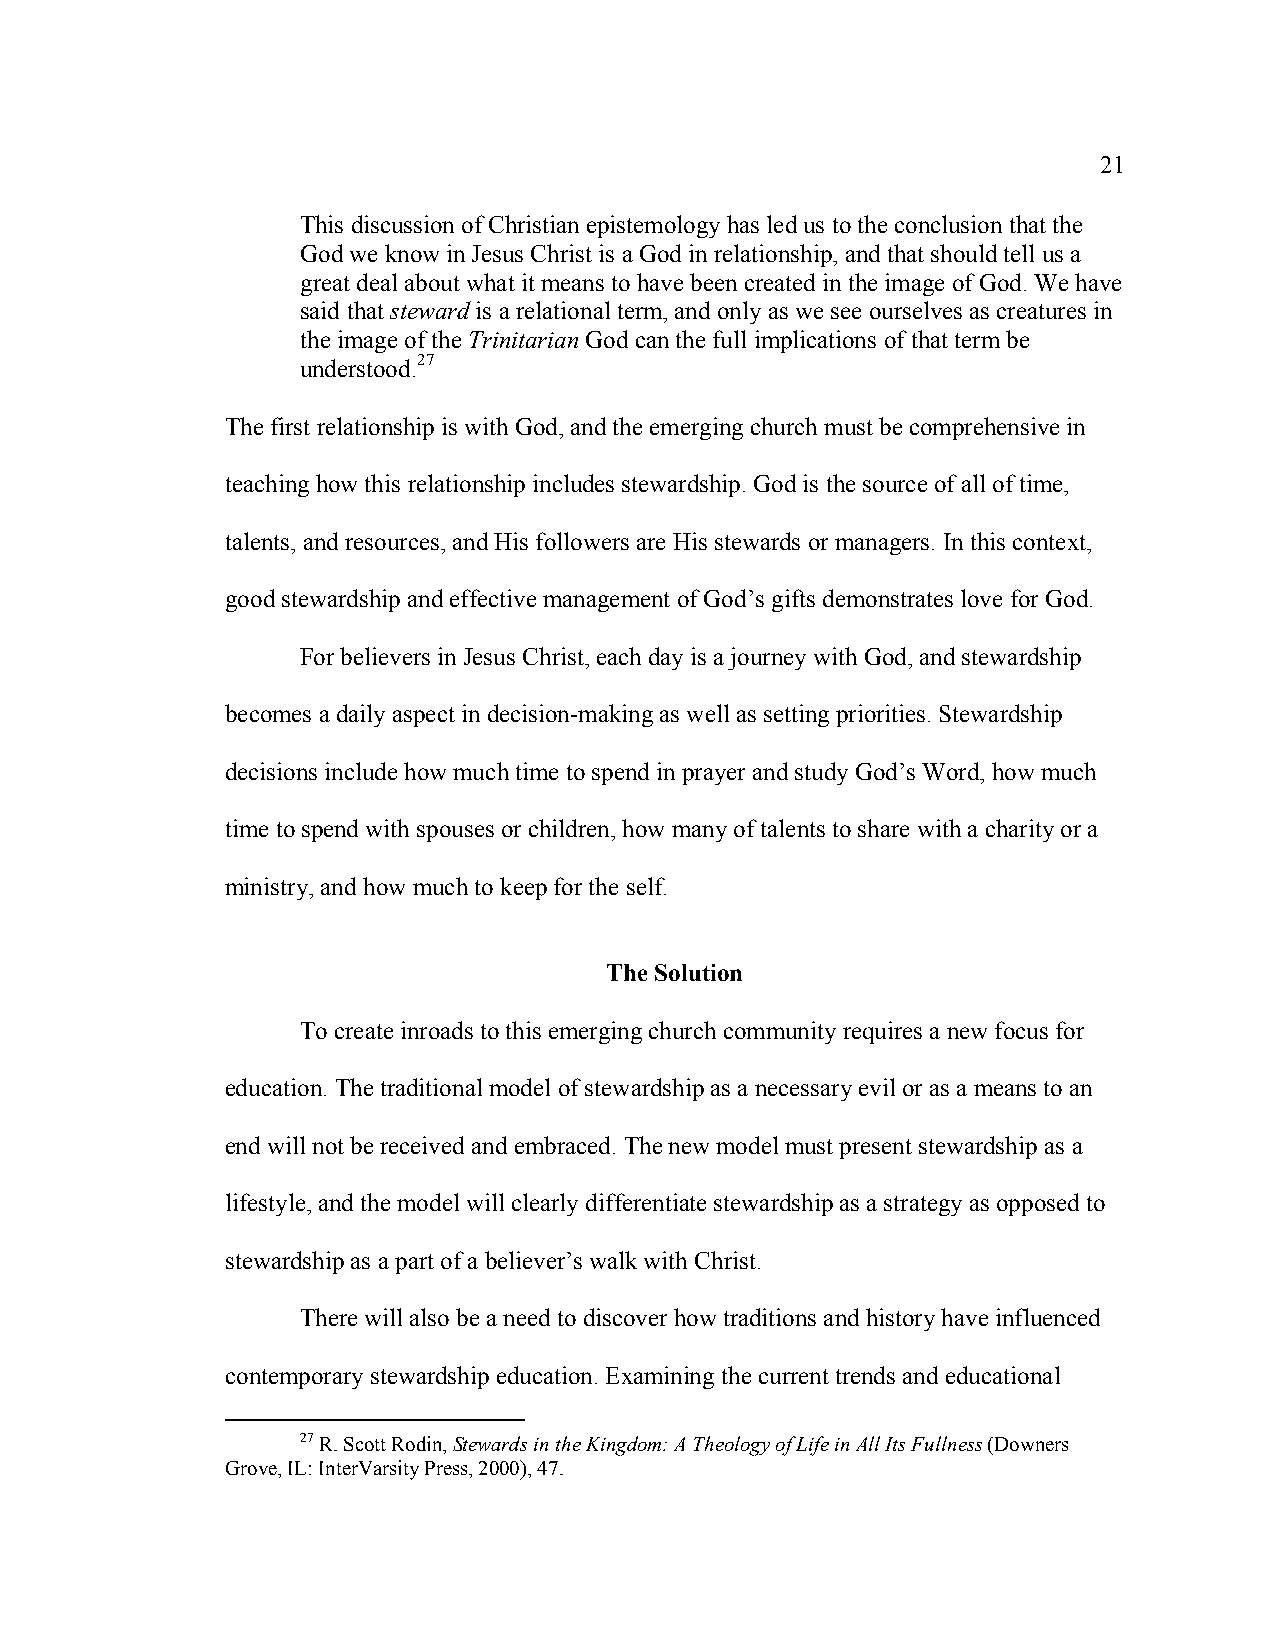
21
 This discussion of Christian epistemology has led us to the conclusion that the
 God we know in Jesus Christ is a God in relationship, and that should tell us a
 great deal about what it means to have been created in the image of God. We have
 said that steward is a relational term, and only as we see ourselves as creatures in
 the image of the Trinitarian God can the full implications of that term be
 understood.27
 The first relationship is with God, and the emerging church must be comprehensive in
 teaching how this relationship includes stewardship. God is the source of all of time,
 talents, and resources, and His followers are His stewards or managers. In this context,
 good stewardship and effective management of God’s gifts demonstrates love for God.
 For believers in Jesus Christ, each day is a journey with God, and stewardship
 becomes a daily aspect in decision-making as well as setting priorities. Stewardship
 decisions include how much time to spend in prayer and study God’s Word, how much
 time to spend with spouses or children, how many of talents to share with a charity or a
 ministry, and how much to keep for the self.
 The Solution
 To create inroads to this emerging church community requires a new focus for
 education. The traditional model of stewardship as a necessary evil or as a means to an
 end will not be received and embraced. The new model must present stewardship as a
 lifestyle, and the model will clearly differentiate stewardship as a strategy as opposed to
 stewardship as a part of a believer’s walk with Christ.
 There will also be a need to discover how traditions and history have influenced
 contemporary stewardship education. Examining the current trends and educational
 27 R. Scott Rodin, Stewards in the Kingdom: A Theology of Life in All Its Fullness (Downers
 Grove, IL: InterVarsity Press, 2000), 47.